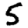
Digit: 5